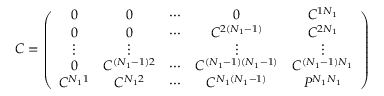
C = \left( \begin{array} { c c c c c } { { 0 } } & { { 0 } } & { { \cdots } } & { { 0 } } & { { C ^ { 1 N _ { 1 } } } } \\ { { 0 } } & { { 0 } } & { { \cdots } } & { { C ^ { 2 ( N _ { 1 } - 1 ) } } } & { { C ^ { 2 N _ { 1 } } } } \\ { { \vdots } } & { { \vdots } } & { { { } } } & { { \vdots } } & { { \vdots } } \\ { { 0 } } & { { C ^ { ( N _ { 1 } - 1 ) 2 } } } & { { \cdots } } & { { C ^ { ( N _ { 1 } - 1 ) ( N _ { 1 } - 1 ) } } } & { { C ^ { ( N _ { 1 } - 1 ) N _ { 1 } } } } \\ { { C ^ { N _ { 1 } 1 } } } & { { C ^ { N _ { 1 } 2 } } } & { { \cdots } } & { { C ^ { N _ { 1 } ( N _ { 1 } - 1 ) } } } & { { P ^ { N _ { 1 } N _ { 1 } } } } \end{array} \right)